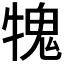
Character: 𤛂